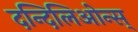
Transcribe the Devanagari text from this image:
दन्दिलिओन्स्